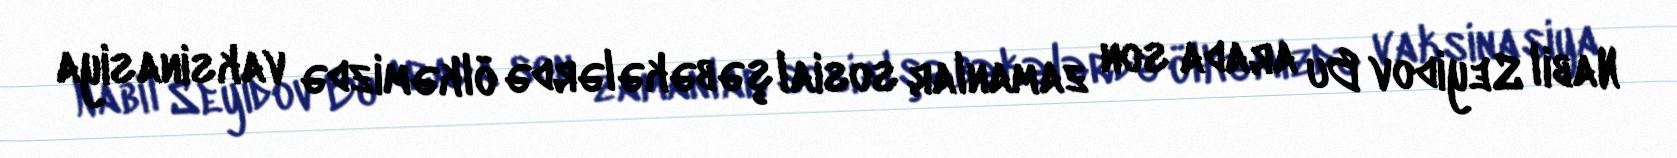
Nabil Seyidov Bu arada son zamanlar sosial şəbəkələrdə ölkəmizdə vaksinasiya